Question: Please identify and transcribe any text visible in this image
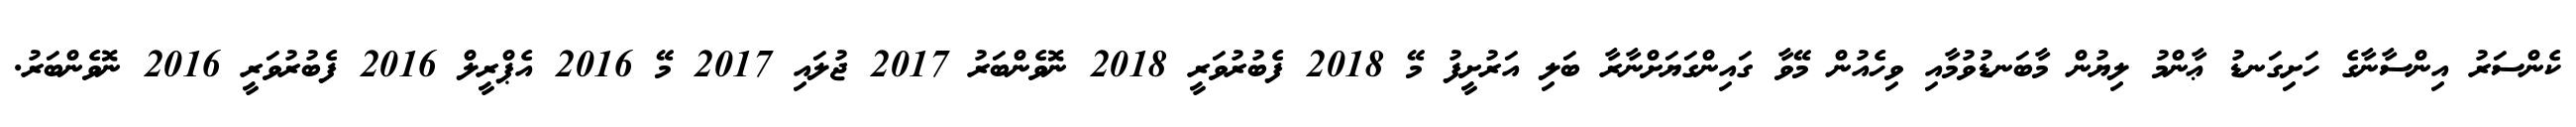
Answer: ކެންސަރު އިންސާނާގެ ހަށިގަނޑު ޢާންމު ލިޔުން މާބަނޑުވުމާއި ވިހެއުން މޭވާ ގައިންގަޔަށްނާރާ ބަލި އަރުށީފު މޭ 2018 ފެބުރުވަރީ 2018 ނޮވެންބަރު 2017 ޖުލައި 2017 މޭ 2016 އެޕްރީލް 2016 ފެބުރުވަރީ 2016 ނޮވެންބަރު.